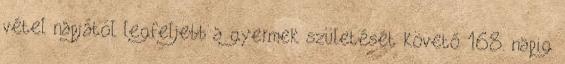
vétel napjától legfeljebb a gyermek születését követő 168. napig